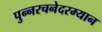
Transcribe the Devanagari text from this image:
पुन्नरचनेदरम्यान